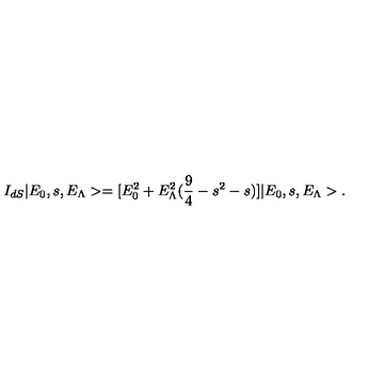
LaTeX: I _ { d S } | E _ { 0 } , s , E _ { \Lambda } > = [ E _ { 0 } ^ { 2 } + E _ { \Lambda } ^ { 2 } ( \frac { 9 } { 4 } - s ^ { 2 } - s ) ] | E _ { 0 } , s , E _ { \Lambda } > .